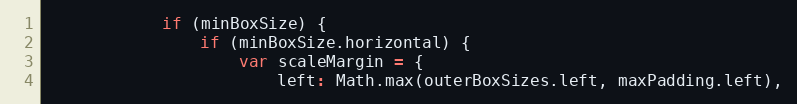
Language: JavaScript
			if (minBoxSize) {
				if (minBoxSize.horizontal) {
					var scaleMargin = {
						left: Math.max(outerBoxSizes.left, maxPadding.left),